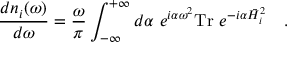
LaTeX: { \frac { d n _ { i } ( \omega ) } { d \omega } } = { \frac { \omega } { \pi } } \int _ { - \infty } ^ { + \infty } d \alpha ~ e ^ { i \alpha \omega ^ { 2 } } \mathrm { T r } ~ e ^ { - i \alpha \bar { H } _ { i } ^ { 2 } } ~ ~ ~ .